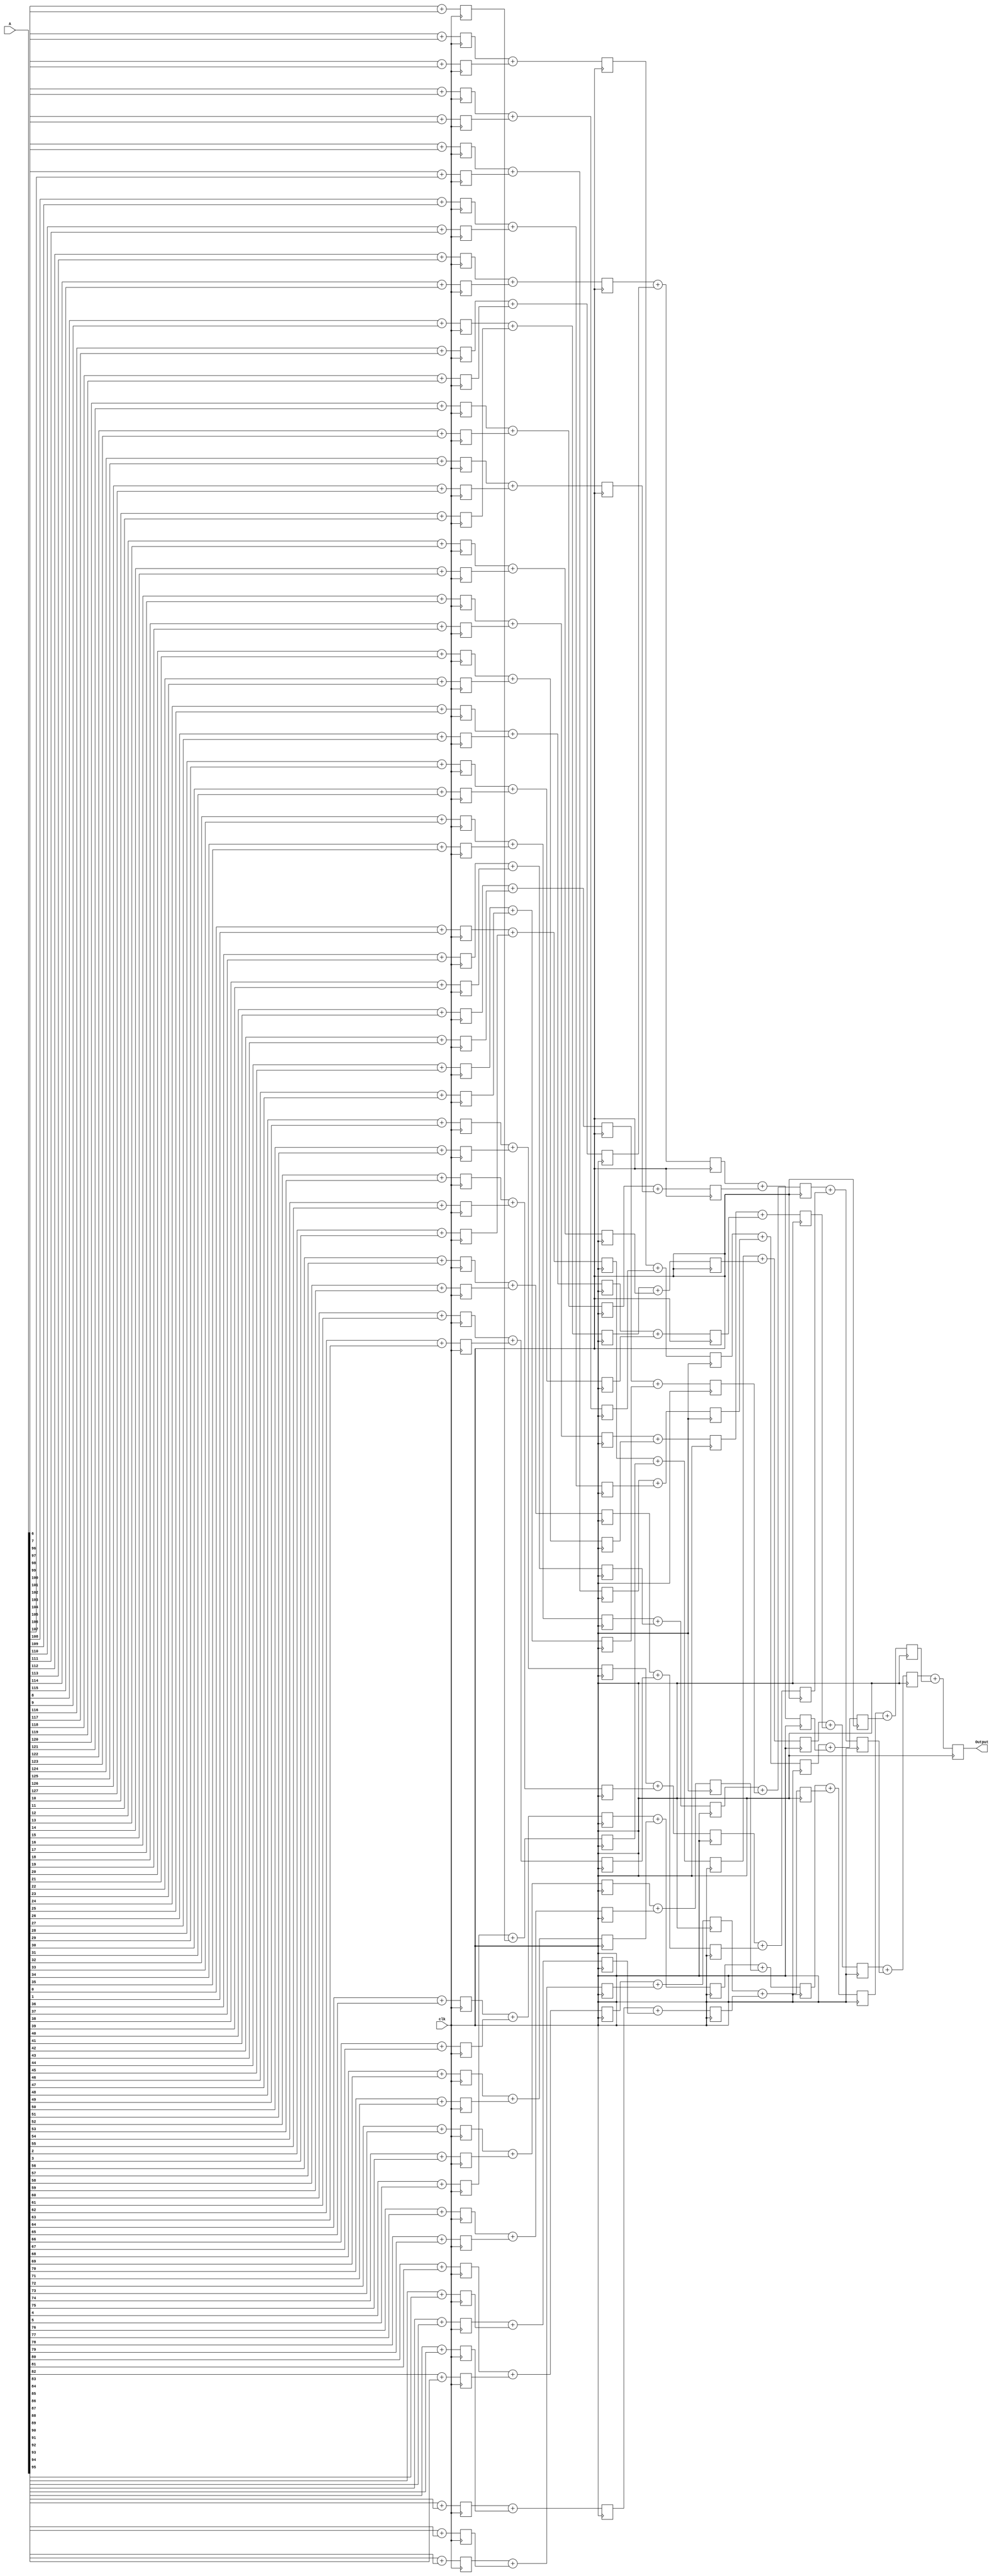
module Adder_tree(A,clk,Output);

input [127:0] A;
input clk;
output reg [7:0] Output;

reg [1:0]sum1[63:0];
reg [2:0]sum2[31:0];
reg [3:0]sum3[15:0];
reg [4:0]sum4[7:0];
reg [5:0]sum5[3:0];
reg [6:0]sum6[1:0];

genvar i;
generate
for(i = 0;i < 64;i = i+ 1) begin
	always @(posedge clk) begin
		sum1[i] <= A[i*2] + A[i*2 + 1];
		end
	end

for(i = 0;i < 32;i = i+ 1) begin
	always @(posedge clk) begin
		sum2[i] <= sum1[i*2] + sum1[i*2 + 1];
		end
	end

for(i = 0;i < 16;i = i+ 1) begin
	always @(posedge clk) begin
		sum3[i] <= sum2[i*2] + sum2[i*2 + 1];
		end
	end

for(i = 0;i < 8;i = i+ 1) begin
	always @(posedge clk) begin
		sum4[i] <= sum3[i*2] + sum3[i*2 + 1];
		end
	end

for(i = 0;i < 4;i = i+ 1) begin
	always @(posedge clk) begin
		sum5[i] <= sum4[i*2] + sum4[i*2 + 1];
		end
	end

for(i = 0;i < 2;i = i+ 1) begin
	always @(posedge clk) begin
		sum6[i] <= sum5[i*2] + sum5[i*2 + 1];
		end
	end

endgenerate

always @(posedge clk) begin
		Output <= sum6[0] + sum6[1];
		end
endmodule